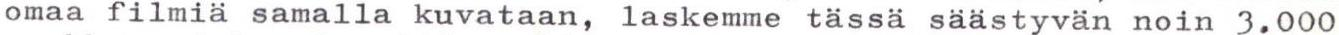
omaa filmiä samalla kuvataan, laskemme tässä säästyvän noin 3.000